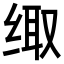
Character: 𮉪